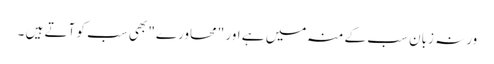
ورنہ زبان سب کے منہ میں ہے اور "محاورے" بھی سب کو آتے ہیں ۔